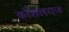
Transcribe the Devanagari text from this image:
कोशलराज